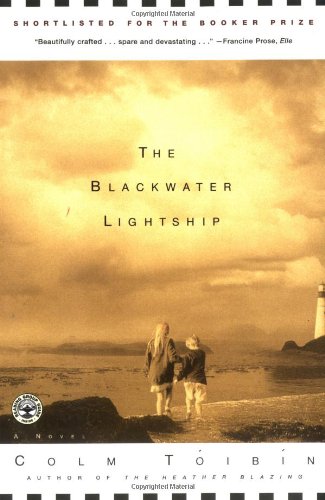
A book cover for The Blackwater Lightship: A Novel; Colm Toibin; Literature & Fiction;